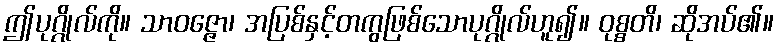
ဤပုဂ္ဂိုလ်ကို။ သာဝဇ္ဇော၊ အပြစ်နှင့်တကွဖြစ်သောပုဂ္ဂိုလ်ဟူ၍။ ဝုစ္စတိ၊ ဆိုအပ်၏။